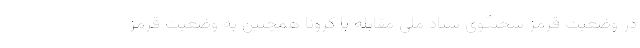
در وضعیت قرمز سخنگوی ستاد ملی مقابله با کرونا همچنین به وضعیت قرمز